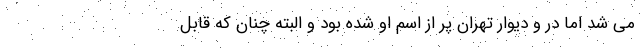
می شد اما در و دیوار تهران پر از اسم او شده بود و البته چنان که قابل